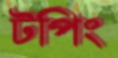
টপিং